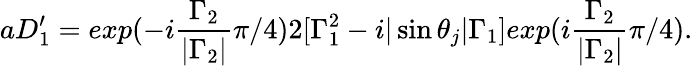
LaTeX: aD_{1}^{\prime}=exp(-i\frac{{\Gamma}_{2}}{|{\Gamma}_{2}|}{\pi}/4)2[{\Gamma}_{1}^{2}-i|\sin{\theta}_{j}|{\Gamma}_{1}]exp(i\frac{{\Gamma}_{2}}{|{\Gamma}_{2}|}{\pi}/4).